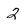
Character: 2